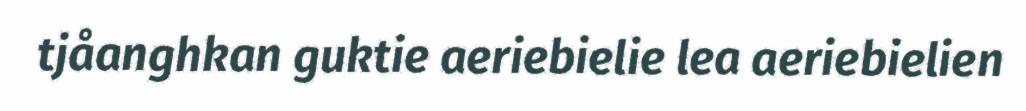
tjåanghkan guktie aeriebielie lea aeriebielien